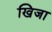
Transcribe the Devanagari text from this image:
खिजा